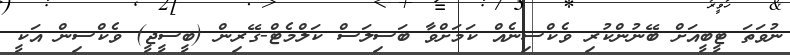
ނުވަތަ ޓީބީއަށް ބޭނުންކުރި ވެކްސިނެއް ކަމަށްވާ ބަސިލަސް ކަލްމެޓް-ގޭރިން (ބީސީޖީ) ވެކްސިން އަކީ